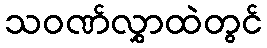
သဝဏ်လွှာထဲတွင်